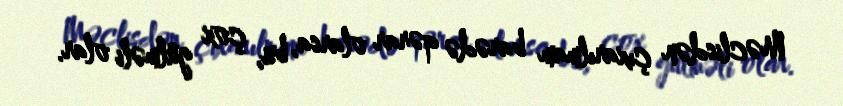
Məclisdən çıxarılmam barədə qərar olarsa, bu, çox gülməli olar.